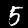
Digit: 5